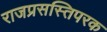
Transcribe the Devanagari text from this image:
राजप्रसस्तिपरक